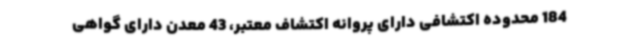
184 محدوده اکتشافی دارای پروانه اکتشاف معتبر، 43 معدن دارای گواهی